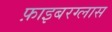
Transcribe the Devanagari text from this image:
फ़ाइबरग्लास